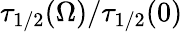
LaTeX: \tau_{1/2}(\Omega)/\tau_{1/2}(0)